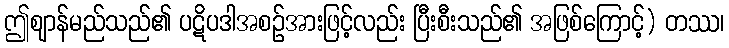
ဤဈာန်မည်သည်၏ ပဋိပဒါအစဉ်အားဖြင့်လည်း ပြီးစီးသည်၏ အဖြစ်ကြောင့်) တဿ၊